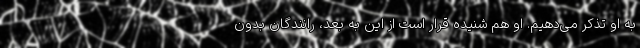
به او تذکر می‌دهیم. او هم شنیده قرار است از این به بعد، رانندگان بدون